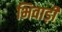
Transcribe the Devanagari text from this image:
भिवाड़ी